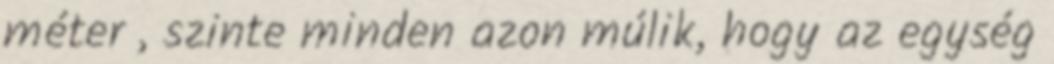
méter , szinte minden azon múlik, hogy az egység